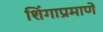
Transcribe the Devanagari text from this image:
शिंगाप्रमाणे